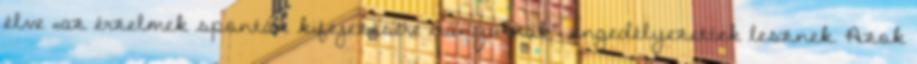
élve „az érzelmek spontán kifejezésére irányulnak”, engedélyezettek lesznek. Azok